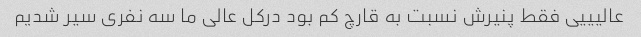
عالیییی فقط پنیرش نسبت به قارچ کم بود درکل عالی ما سه نفری سیر شدیم